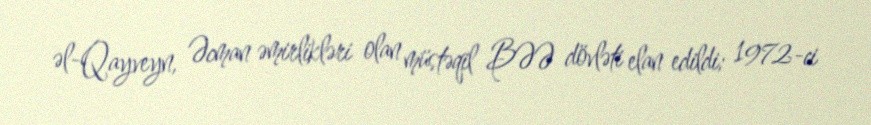
əl-Qayveyn, Əcman əmirlikləri olan müstəqil BƏƏ dövləti elan edildi; 1972-ci